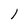
Character: l